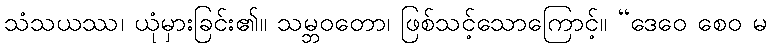
သံသယဿ၊ ယုံမှားခြင်း၏။ သမ္ဘဝတော၊ ဖြစ်သင့်သောကြောင့်။ “ဒေဝေ စေဝ မ